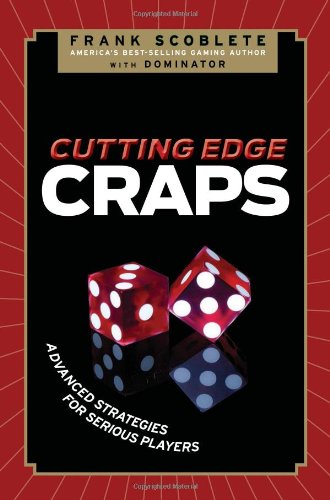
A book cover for Cutting Edge Craps: Advanced Strategies for Serious Players; Frank Scoblete; Humor & Entertainment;